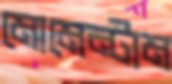
মোমেন্টাম